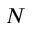
N